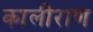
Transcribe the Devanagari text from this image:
कालीराण